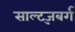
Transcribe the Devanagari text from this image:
साल्ट्ज़बर्ग